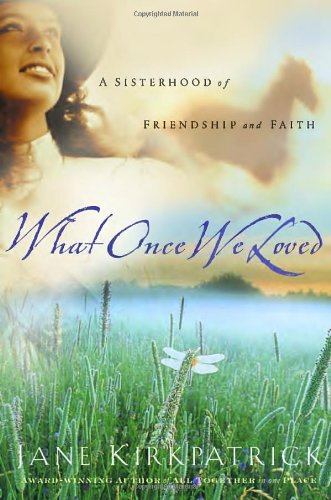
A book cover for What Once We Loved (Kinship and Courage Series #3); Jane Kirkpatrick; Christian Books & Bibles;